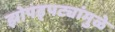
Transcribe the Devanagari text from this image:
झोपड्पट्यांमुळे